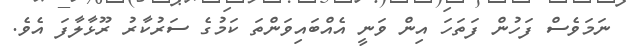
ނަމަވެސް ފަހުން ފަތަހަ އިން ވަނީ އެއްބައިވަންތަ ކަމުގެ ސަރުކާރު ރޫޅާލާފަ އެވެ.